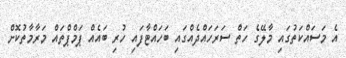
އެ މަސައްކަތުގައި މާލޭގެ ހަތް ސަރަހައްދެއްގައި ބަހައްޓާފައި ހުރި ބައެއް ޕަމްޕްތައް މަރާމާތުކޮށް